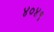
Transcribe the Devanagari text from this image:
४०४१